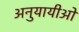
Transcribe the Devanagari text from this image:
अनुयायीओ